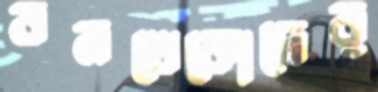
বনখেকোদের